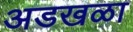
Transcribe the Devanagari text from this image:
अडखळा